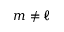
m \neq \ell